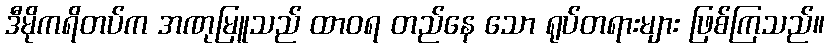
ဒီမိုကရိတပ်က အဏုမြူသည် ထာဝရ တည်နေ သော ရုပ်တရားများ ဖြစ်ကြသည်။